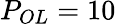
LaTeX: P_{OL}=10~\